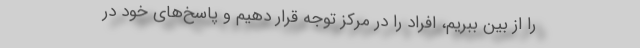
را از بین ببریم، افراد را در مرکز توجه قرار دهیم و پاسخ‌های خود در